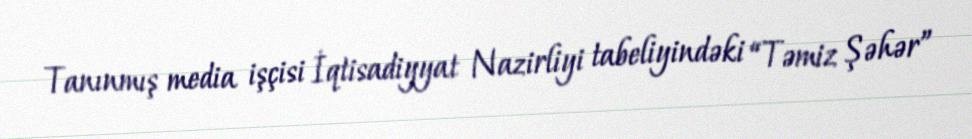
Tanınmış media işçisi İqtisadiyyat Nazirliyi tabeliyindəki “Təmiz Şəhər”